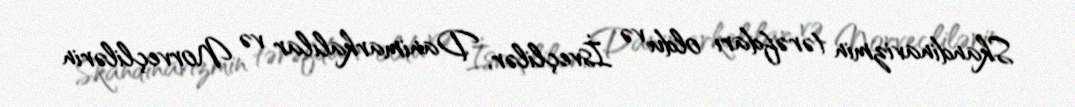
Skandinavizmin tərəfdarı oldu və İsveçlilər, Danimarkalılar və Norveçlilərin